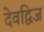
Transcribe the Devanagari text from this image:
देवद्विज